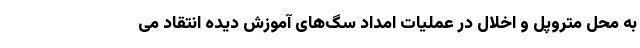
به محل متروپل و اخلال در عملیات امداد سگ‌های آموزش دیده انتقاد می